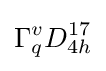
\Gamma _{q}^{v}D_{4h}^{17}